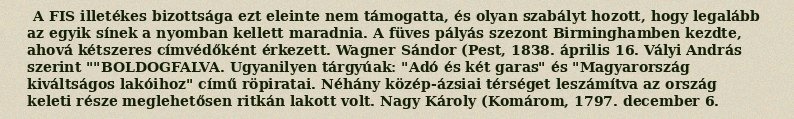
A FIS illetékes bizottsága ezt eleinte nem támogatta, és olyan szabályt hozott, hogy legalább az egyik sínek a nyomban kellett maradnia. A füves pályás szezont Birminghamben kezdte, ahová kétszeres címvédőként érkezett. Wagner Sándor (Pest, 1838. április 16. Vályi András szerint ""BOLDOGFALVA. Ugyanilyen tárgyúak: "Adó és két garas" és "Magyarország kiváltságos lakóihoz" című röpiratai. Néhány közép-ázsiai térséget leszámítva az ország keleti része meglehetősen ritkán lakott volt. Nagy Károly (Komárom, 1797. december 6.